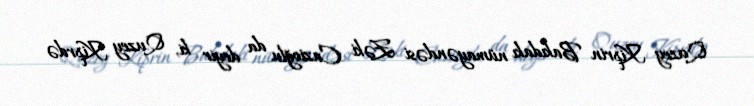
Quzey Kiprin Bakıdakı nümayəndəsi Zəki Cazioğlu da deyir ki, Quzey Kiprdə